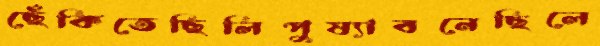
ছেঁকিতেছিলিপুষ্যাবনেছিলে